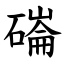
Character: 磮